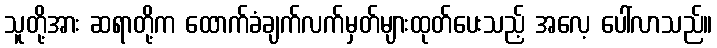
သူတို့အား ဆရာတို့က ထောက်ခံချက်လက်မှတ်များထုတ်ပေးသည့် အလေ့ ပေါ်လာသည်။